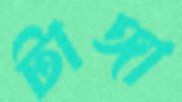
টাঙ্গা